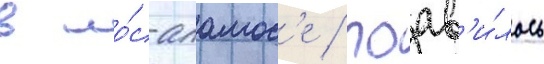
в ло́с-аламос'е / поав'и́лось